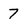
Character: 7